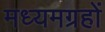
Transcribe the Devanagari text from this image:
मध्यमग्रहों